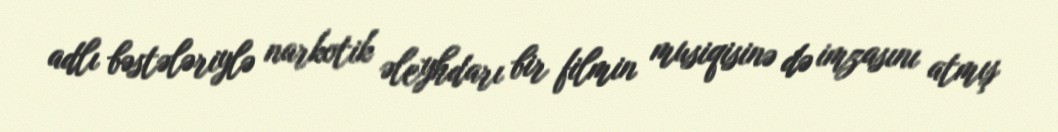
adlı bəstələriylə narkotik əleyhdarı bir filmin musiqisinə də imzasını atmış